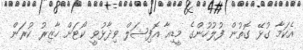
އެކަމާ ގުޅޭ ގޮތުން ފުލުހުންގެ މީޑިއާ އޮފިޝަލް ވިދާޅުވީ ކޯޓަށް ހާޒިރު ކުރަން